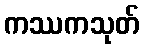
ကဿကသုတ်